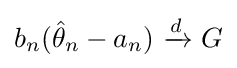
b_{n}({\hat {\theta }}_{n}-a_{n})\ {\xrightarrow {d}}\ G